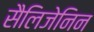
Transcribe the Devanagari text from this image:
सैलिजेनिन